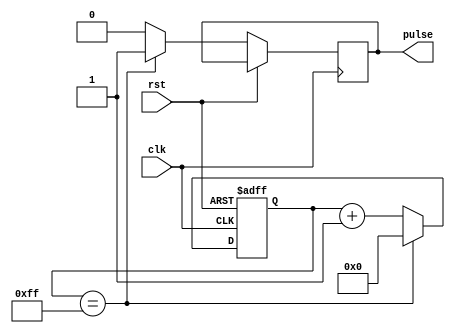
module pulse_generator(
    input wire clk,
    input wire rst,
    output reg pulse
);

reg [7:0] count;
parameter INTERVAL = 8'hFF;

always @(posedge clk or posedge rst) begin
    if (rst) begin
        count <= 8'b0;
    end else begin
        if (count == INTERVAL) begin
            pulse <= 1'b1;
            count <= 8'b0;
        end else begin
            pulse <= 1'b0;
            count <= count + 1;
        end
    end
end

endmodule